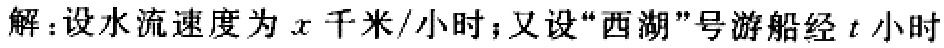
解：设水流速度为\(x\)千米/小时；又设“西湖”号游船经\(t\)小时